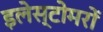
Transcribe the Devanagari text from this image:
इलेस्टोमरों